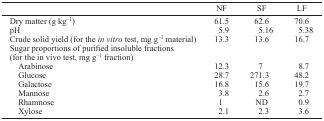
|  | NF | SF | LF |
 | --- | --- | --- | --- |
 | Dry matter (g kg−1) | 61.5 | 62.6 | 70.6 |
 | pH | 5.9 | 5.16 | 5.38 |
 | Crude solid yield (for the in vitro test, mg g−1 material) | 13.3 | 13.6 | 16.7 |
 | Sugar proportions of purified insoluble fractions (for the in vivo test, mg g−1 fraction) |  |  |  |
 | Arabinose | 12.3 | 7 | 8.7 |
 | Glucose | 28.7 | 271.3 | 48.2 |
 | Galactose | 16.8 | 15.6 | 19.7 |
 | Mannose | 3.8 | 2.6 | 2.7 |
 | Rhamnose | 1 | ND | 0.9 |
 | Xylose | 2.1 | 2.3 | 3.6 |